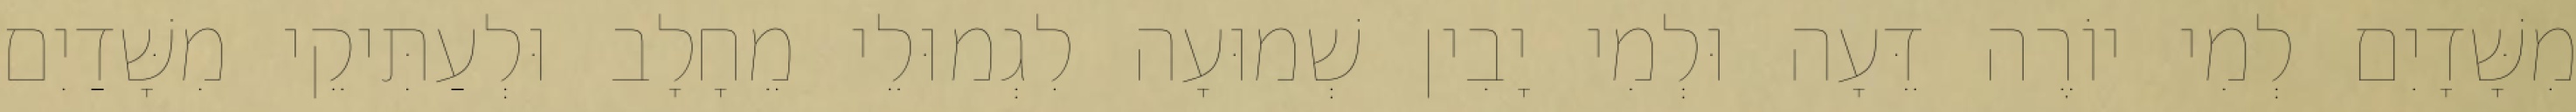
מִשָּׁדָיִם לְמִי יוֹרֶה דֵּעָה וּלְמִי יָבִין שְׁמוּעָה לִגְמוּלֵי מֵחָלָב וּלְעַתִּיקֵי מִשָּׁדַיִם